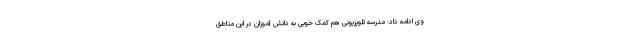
وی ادامه داد: مدرسه تلویزیونی هم کمک خوبی به دانش آموزان در این مناطق